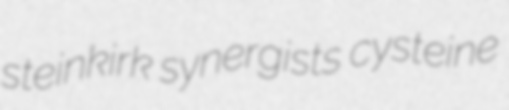
steinkirk synergists cysteine